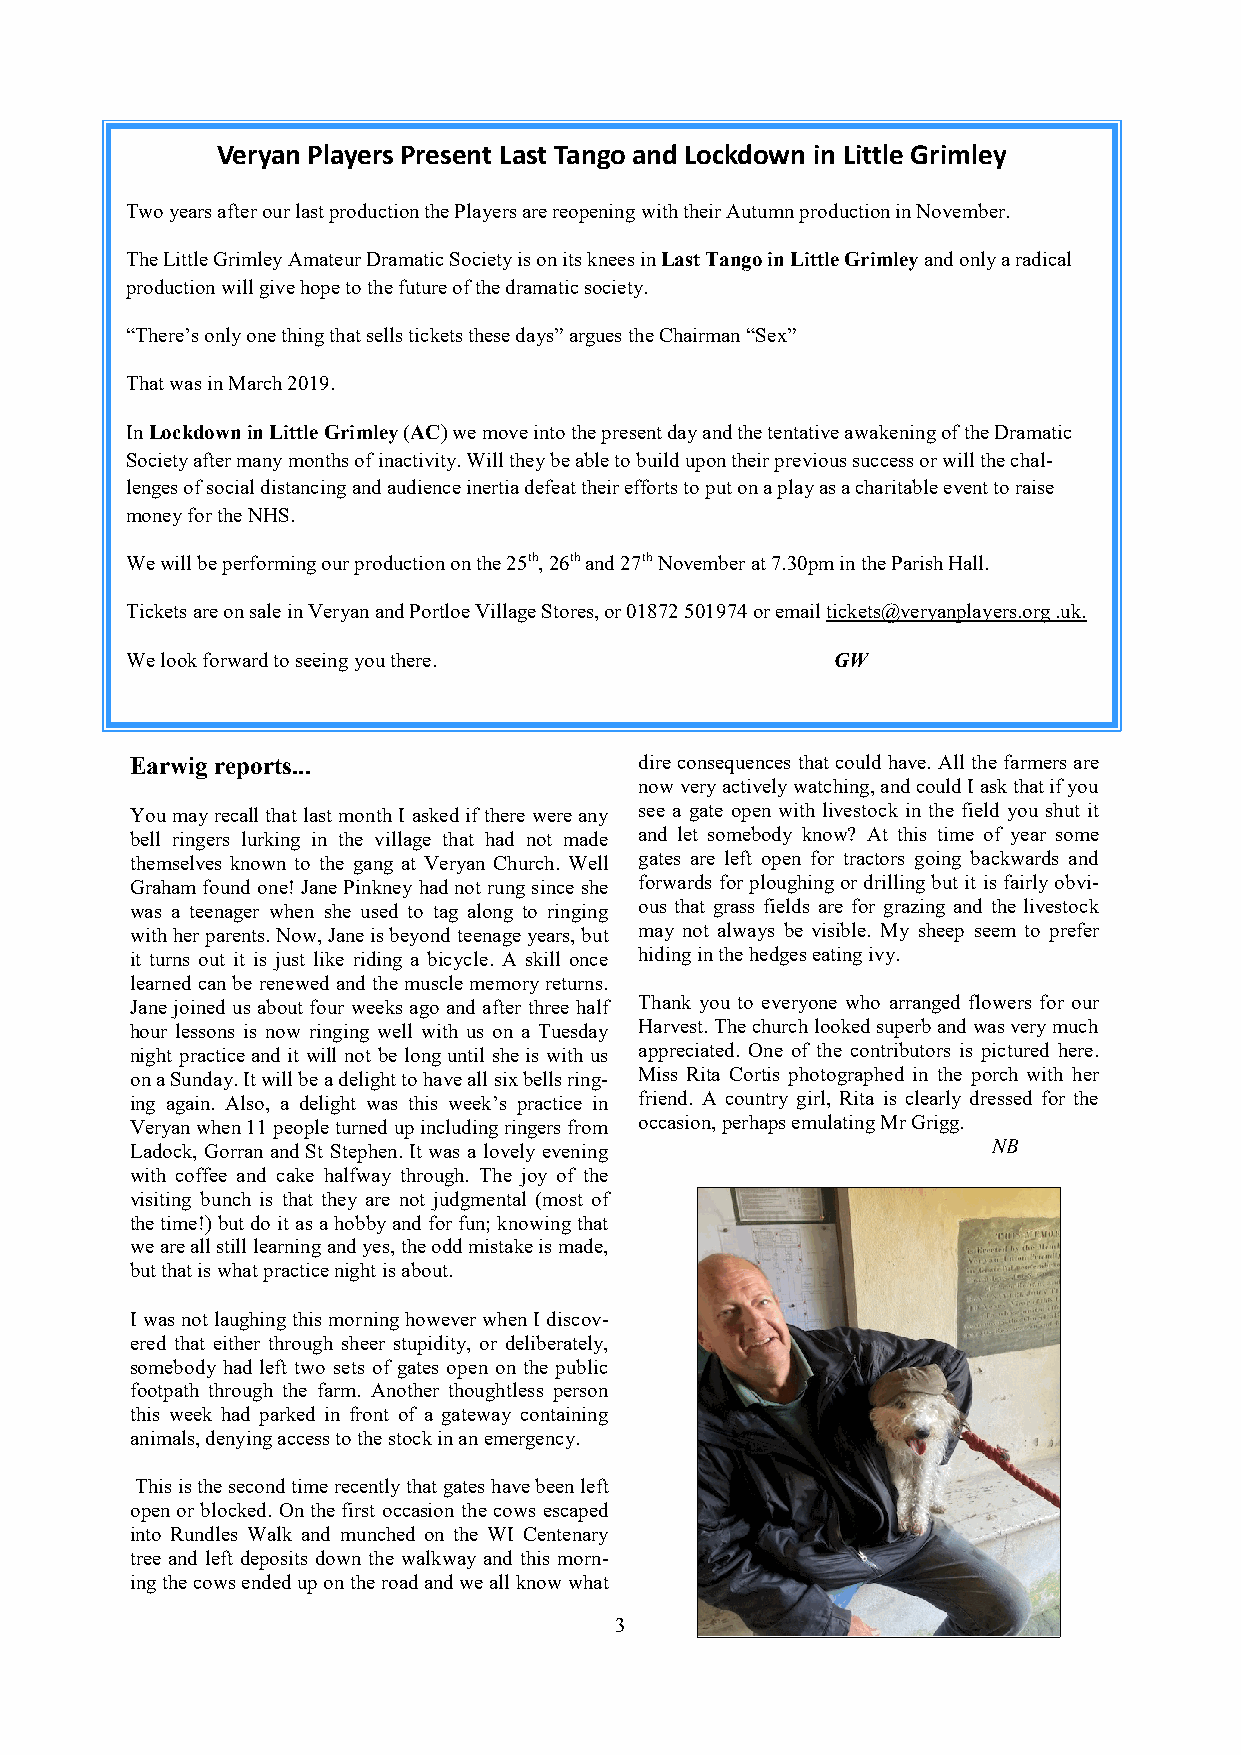
Veryan Players Present Last Tango and Lockdown in Little Grimley
 Two years after our last production the Players are reopening with their Autumn production in November.
 The Little Grimley Amateur Dramatic Society is on its knees in Last Tango in Little Grimley and only a radical
 production will give hope to the future of the dramatic society.
 “There’s only one thing that sells tickets these days” argues the Chairman “Sex”
 That was in March 2019.
 In Lockdown in Little Grimley (AC) we move into the present day and the tentative awakening of the Dramatic
 Society after many months of inactivity. Will they be able to build upon their previous success or will the chal-
 lenges of social distancing and audience inertia defeat their efforts to put on a play as a charitable event to raise
 money for the NHS.
 We will be performing our production on the 25th, 26th and 27th November at 7.30pm in the Parish Hall.
 Tickets are on sale in Veryan and Portloe Village Stores, or 01872 501974 or email tickets@veryanplayers.org .uk.
 We look forward to seeing you there.           GW
 Earwig reports...                dire consequences that could have. All the farmers are
 now very actively watching, and could I ask that if you
 You may recall that last month I asked if there were any see a gate open with livestock in the field you shut it
 bell ringers lurking in the village that had not made and let somebody know? At this time of year some
 themselves known to the gang at Veryan Church. Well gates are left open for tractors going backwards and
 Graham found one! Jane Pinkney had not rung since she forwards for ploughing or drilling but it is fairly obvi-
 was a teenager when she used to tag along to ringing ous that grass fields are for grazing and the livestock
 with her parents. Now, Jane is beyond teenage years, but may not always be visible. My sheep seem to prefer
 it turns out it is just like riding a bicycle. A skill once hiding in the hedges eating ivy.
 learned can be renewed and the muscle memory returns.
 Jane joined us about four weeks ago and after three half Thank you to everyone who arranged flowers for our
 hour lessons is now ringing well with us on a Tuesday Harvest. The church looked superb and was very much
 night practice and it will not be long until she is with us appreciated. One of the contributors is pictured here.
 on a Sunday. It will be a delight to have all six bells ring- Miss Rita Cortis photographed in the porch with her
 ing again. Also, a delight was this week’s practice in friend. A country girl, Rita is clearly dressed for the
 Veryan when 11 people turned up including ringers from occasion, perhaps emulating Mr Grigg.
 Ladock, Gorran and St Stephen. It was a lovely evening   NB
 with coffee and cake halfway through. The joy of the
 visiting bunch is that they are not judgmental (most of
 the time!) but do it as a hobby and for fun; knowing that
 we are all still learning and yes, the odd mistake is made,
 but that is what practice night is about.
 I was not laughing this morning however when I discov-
 ered that either through sheer stupidity, or deliberately,
 somebody had left two sets of gates open on the public
 footpath through the farm. Another thoughtless person
 this week had parked in front of a gateway containing
 animals, denying access to the stock in an emergency.
 This is the second time recently that gates have been left
 open or blocked. On the first occasion the cows escaped
 into Rundles Walk and munched on the WI Centenary
 tree and left deposits down the walkway and this morn-
 ing the cows ended up on the road and we all know what
 3